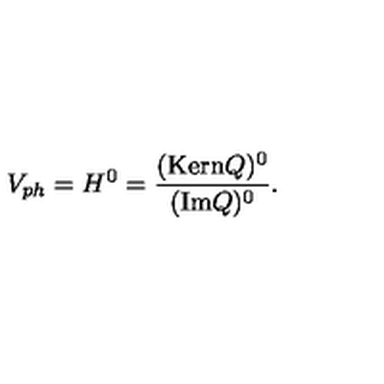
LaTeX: V _ { p h } = H ^ { 0 } = \frac { ( \mathrm { K e r n } Q ) ^ { 0 } } { ( \mathrm { I m } Q ) ^ { 0 } } .